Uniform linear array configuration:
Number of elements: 16
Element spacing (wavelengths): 1
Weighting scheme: binomial
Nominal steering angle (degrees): -60
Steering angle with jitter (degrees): -60.975
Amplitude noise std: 0.05
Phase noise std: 0.05

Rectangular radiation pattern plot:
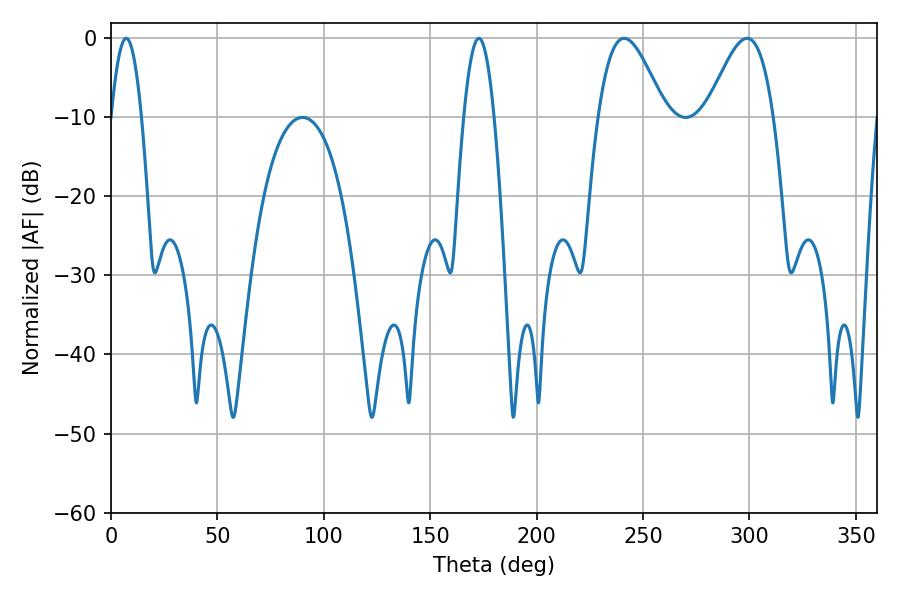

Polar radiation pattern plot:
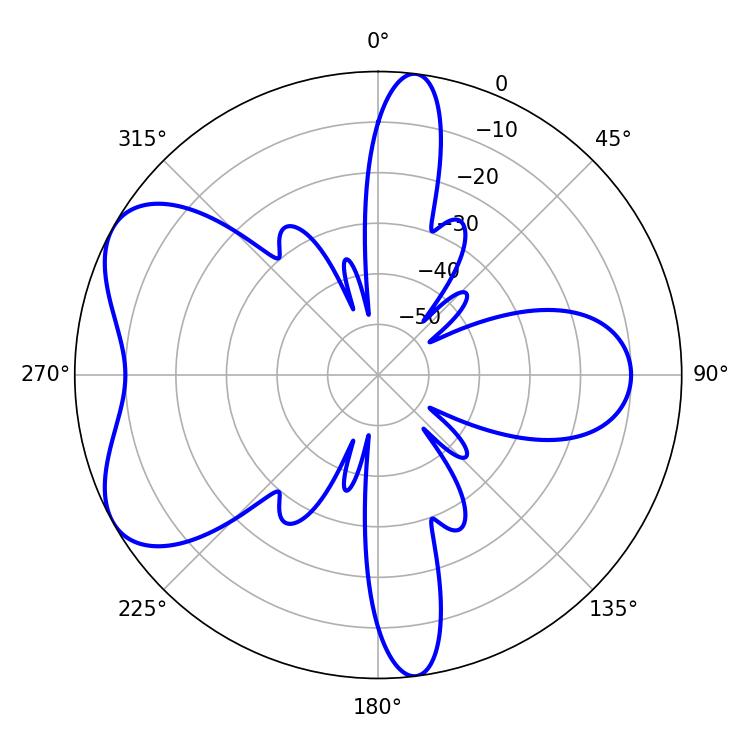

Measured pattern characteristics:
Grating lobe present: TRUE
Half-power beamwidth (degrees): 16.74
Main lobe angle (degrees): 241.2